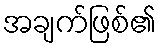
အချက်ဖြစ်၏